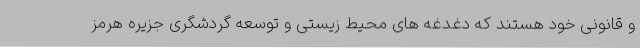
و قانونی خود هستند که دغدغه های محیط زیستی و توسعه گردشگری جزیره هرمز